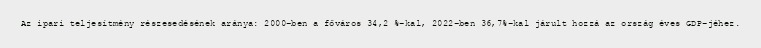
Az ipari teljesítmény részesedésének aránya: 2000-ben a főváros 34,2 %-kal, 2022-ben 36,7%-kal járult hozzá az ország éves GDP-jéhez.